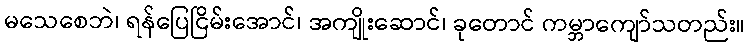
မသေစေဘဲ၊ ရန်ပြေငြိမ်းအောင်၊ အကျိုးဆောင်၊ ခုတောင် ကမ္ဘာကျော်သတည်း။